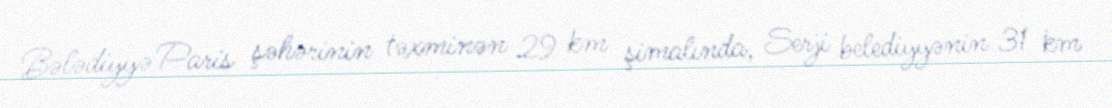
Bələdiyyə Paris şəhərinin təxminən 29 km şimalında, Serji belediyyənin 31 km